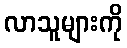
လာသူများကို